Annual report on the working of the lock hospitals in the Central Provinces
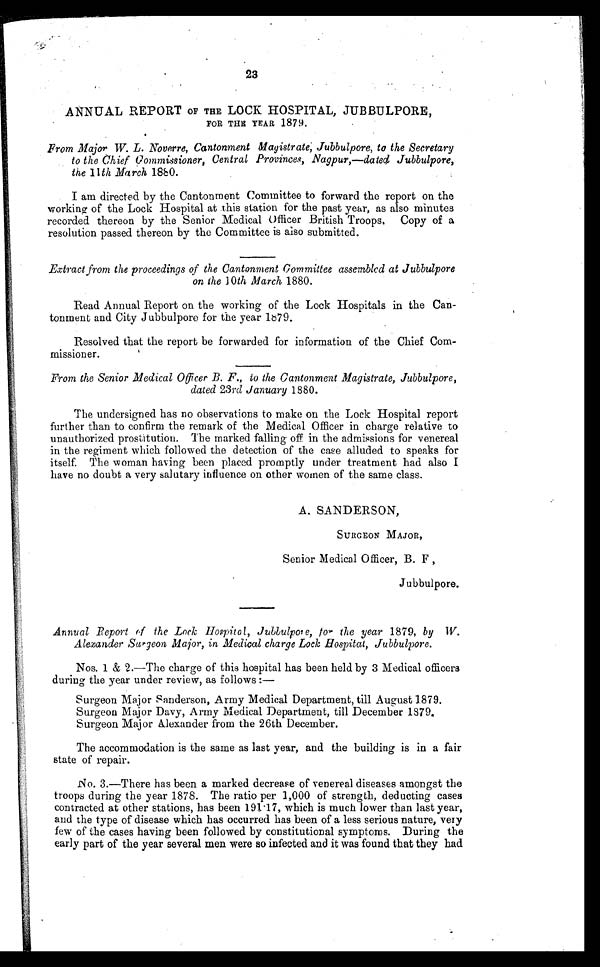
ANNUAL REPORT OF THE LOCK HOSPITAL, JUBBULPORE,
FOR THE YEAR 1879.
From Major W. L. Noverre, Cantonment Magistrate; Jubbulpore, to the Secretary
to the Chief Commissioner, Central Provinces, Nagpur,—data Jubbulpore,
the 11th March 1880.
I am directed by the Cantonment Committee to forward the report on the
working of the Lock Hospital at this station for the past year, as also minutes
recorded thereon by the Senior Medical Officer British Troops. Copy of a
resolution passed thereon by the Committee is also submitted.
Extract from the proceedings of the Cantonment Committee assembled at Jubbulpore
on the 10th March 1880.
Read Annual Report on the working of the Lock Hospitals in the Can-
tonment and City Jubbulpore for the year 1879.
Resolved that the report be forwarded for information of the Chief Com-
missioner.
From the Senior Medical Officer B. F., to the Cantonment Magistrate, Jubbulpore,
dated 23rd January 1880.
The undersigned has no observations to make on the Lock Hospital report
further than to confirm the remark of the Medical Officer in charge relative to
unauthorized prostitution. The marked falling off in the admissions for venereal
in the regiment which followed the detection of the case alluded to speaks for
itself. The woman having been placed promptly under treatment had also I
have no doubt a very salutary influence on other women of the same class.
A. SANDERSON,
SURGEON MAJOR,
Senior Medical Officer, B. F ,
Jubbulpore.
Annual Report of the Lock Hospital, Jubbulpore, for the year 1879, by W.
Alexander Surgeon Major, in Medical charge Lock Hospital, Jubbulpore.
Nos. 1 &amp; 2.—The charge of this hospital has been held by 3 Medical officers
during the year under review, as follows :—
Surgeon Major Sanderson, Army Medical Department, till August 1879.
Surgeon Major Davy, Army Medical Department, till December 1879,
Surgeon Major Alexander from the 26th December.
The accommodation is the same as last year, and the building is in a fair
state of repair.
No. 3.—There has been a marked decrease of venereal diseases amongst the
troops during the year 1878. The ratio per 1,000 of strength, deducting cases
contracted at other stations, has been 191·17, which is much lower than last year,
and the type of disease which has occurred has been of a less serious nature, very
few of the cases having been followed by constitutional symptoms. During the
early part of the year several men were so infected and it was found that they had